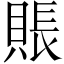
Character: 賬